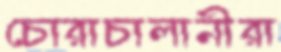
চোরাচালানীরা